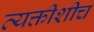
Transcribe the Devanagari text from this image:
व्यक्तीशीच